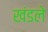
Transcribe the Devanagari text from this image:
खंडले